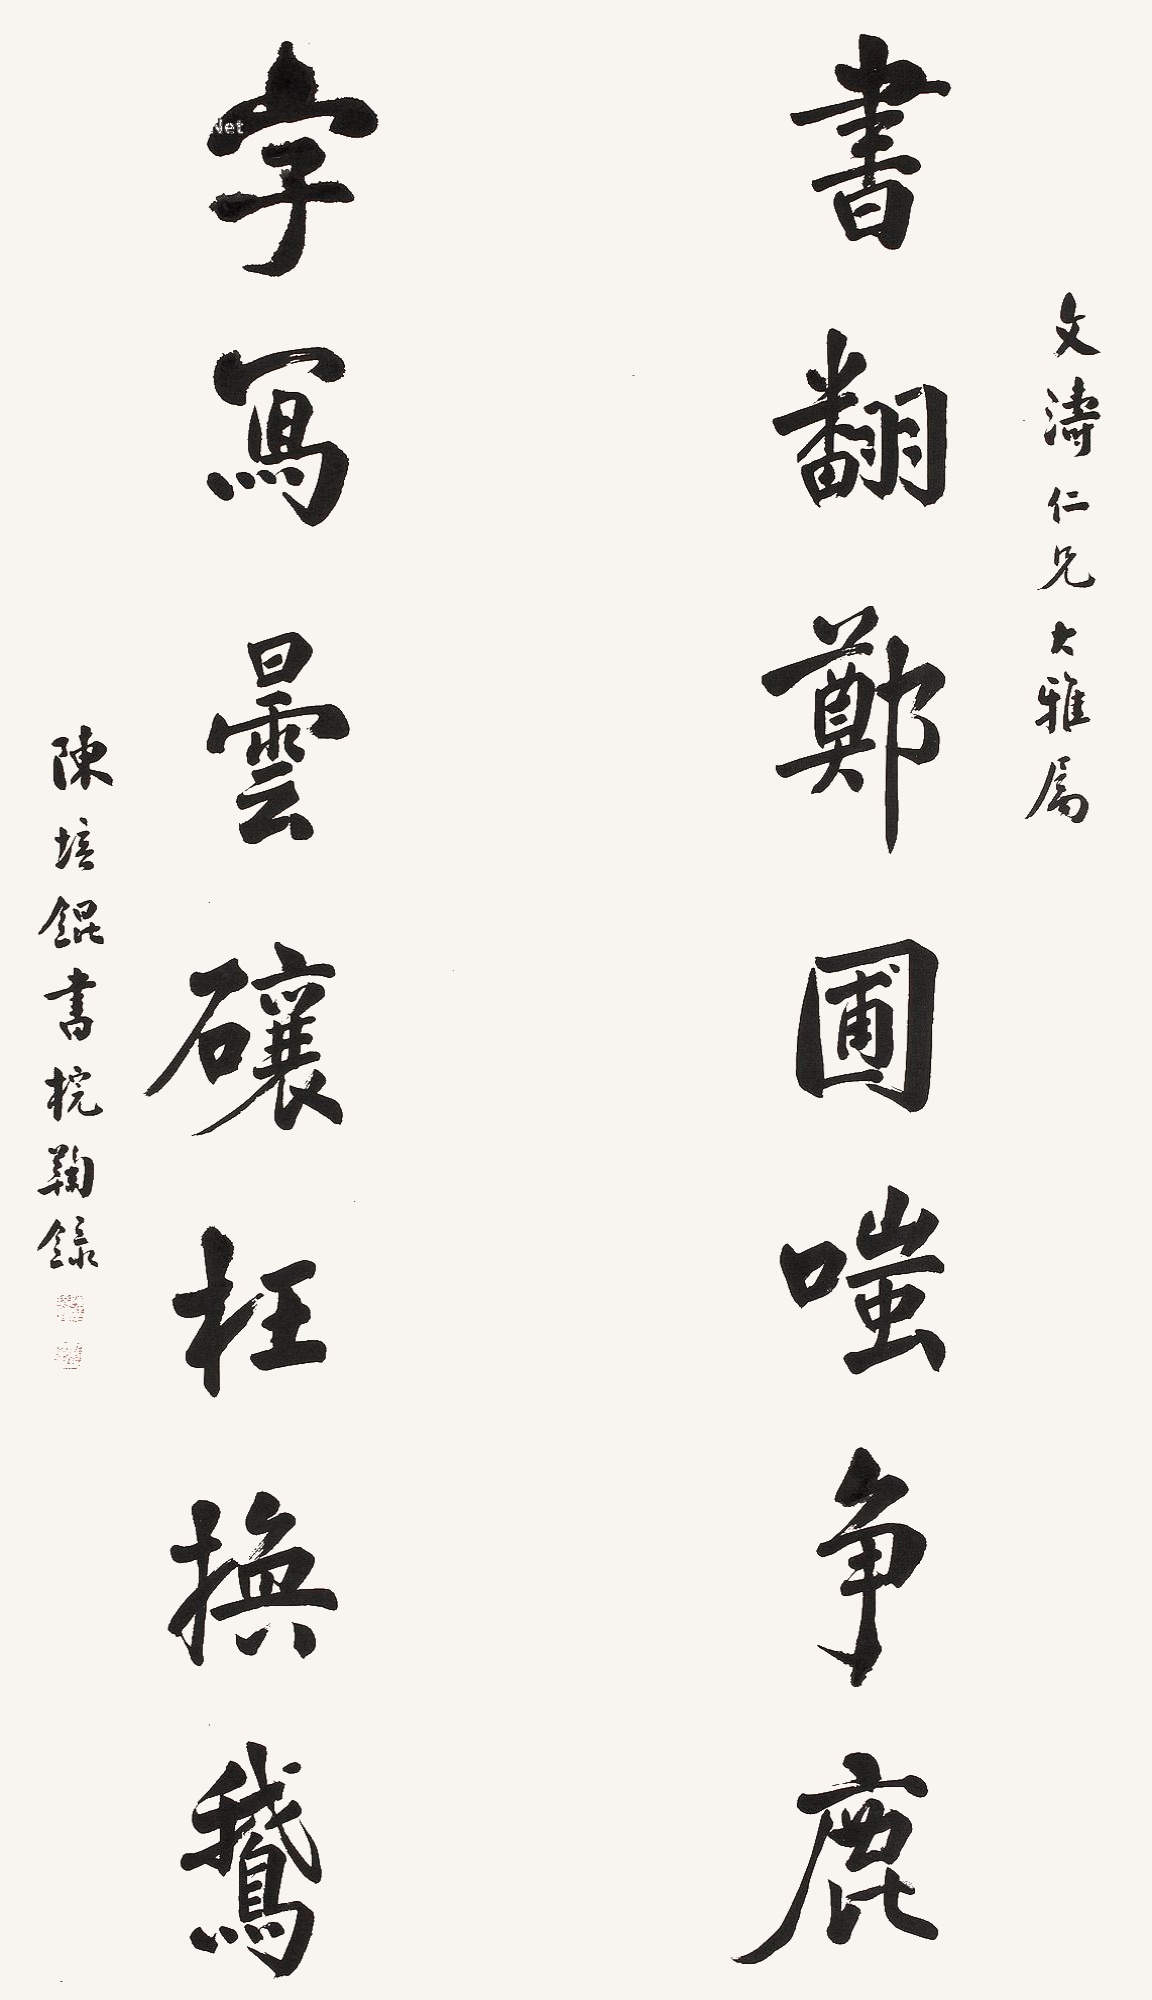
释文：书翻郑圃嗤争鹿，字写昙□枉换鹅。文涛仁兄大雅属，陈培锟书梡鞠录。